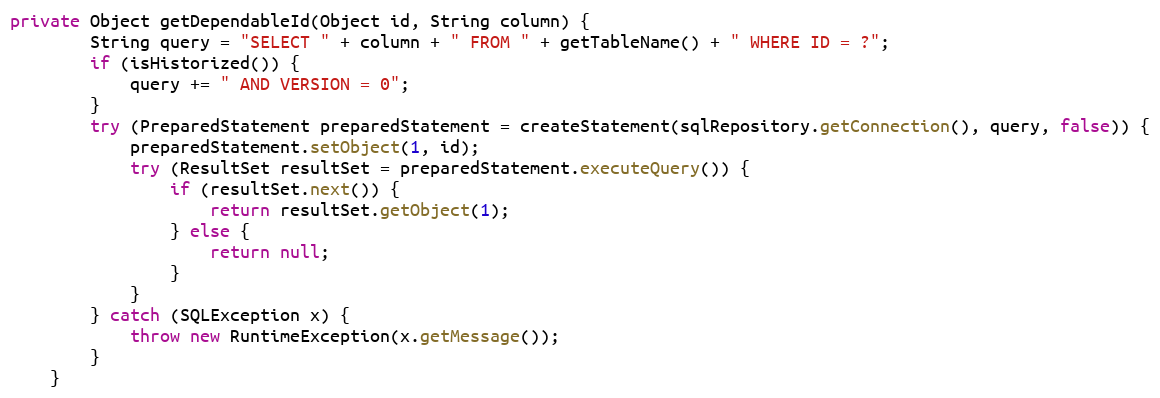
Language: Java
private Object getDependableId(Object id, String column) {
		String query = "SELECT " + column + " FROM " + getTableName() + " WHERE ID = ?";
		if (isHistorized()) {
			query += " AND VERSION = 0";
		}
		try (PreparedStatement preparedStatement = createStatement(sqlRepository.getConnection(), query, false)) {
			preparedStatement.setObject(1, id);
			try (ResultSet resultSet = preparedStatement.executeQuery()) {
				if (resultSet.next()) {
					return resultSet.getObject(1);
				} else {
					return null;
				}
			}
		} catch (SQLException x) {
			throw new RuntimeException(x.getMessage());
		}
	}